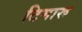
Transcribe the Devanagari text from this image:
टिमारू